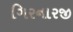
ગિરનારજી